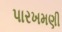
પારખમણી